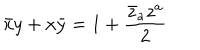
\bar { x } y + x \bar { y } = 1 + \frac { \bar { z } _ { a } z ^ { a } } { 2 }